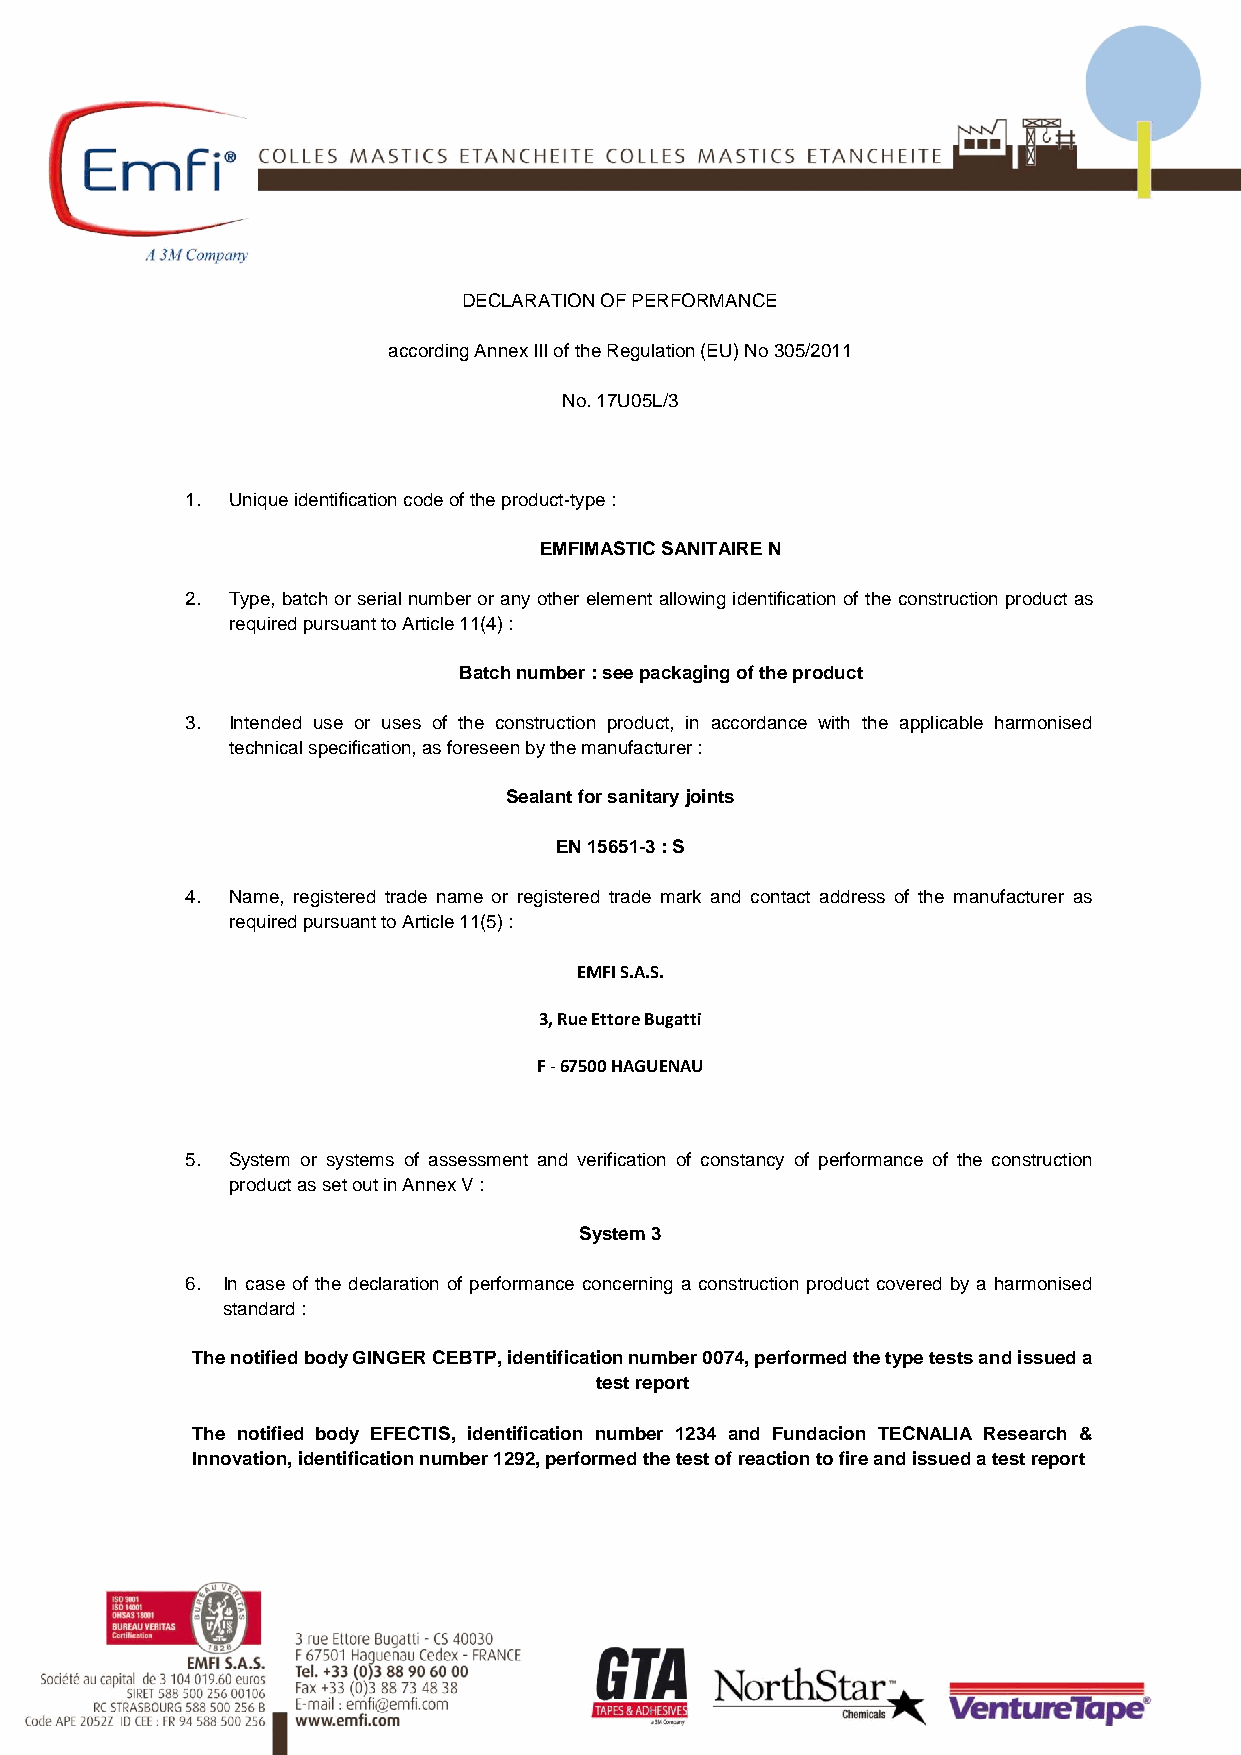
DECLARATION OF PERFORMANCE
 according Annex III of the Regulation (EU) No 305/2011
 No. 17U05L/3
 1. Unique identification code of the product-type :
 EMFIMASTIC SANITAIRE N
 2. Type, batch or serial number or any other element allowing identification of the construction product as
 required pursuant to Article 11(4) :
 Batch number : see packaging of the product
 3. Intended use or uses of the construction product, in accordance with the applicable harmonised
 technical specification, as foreseen by the manufacturer :
 Sealant for sanitary joints
 EN 15651-3 : S
 4. Name, registered trade name or registered trade mark and contact address of the manufacturer as
 required pursuant to Article 11(5) :
 EMFI S.A.S.
 3, Rue Ettore Bugatti
 F - 67500 HAGUENAU
 5. System or systems of assessment and verification of constancy of performance of the construction
 product as set out in Annex V :
 System 3
 6. In case of the declaration of performance concerning a construction product covered by a harmonised
 standard :
 The notified body GINGER CEBTP, identification number 0074, performed the type tests and issued a
 test report
 The notified body EFECTIS, identification number 1234 and Fundacion TECNALIA Research &
 Innovation, identification number 1292, performed the test of reaction to fire and issued a test report